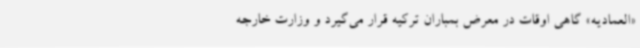
«العمادیه» گاهی اوقات در معرض بمباران ترکیه قرار می‌گیرد و وزارت خارجه